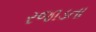
રજાડતા